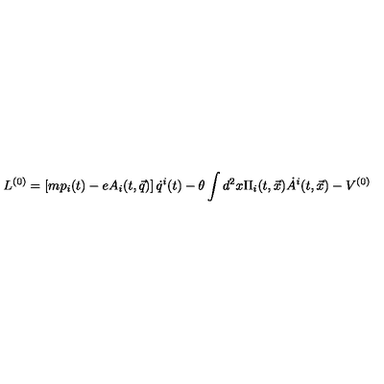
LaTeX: { L } ^ { ( 0 ) } = \left[ m p _ { i } ( t ) - e A _ { i } ( t , \vec { q } ) \right] \dot { q } ^ { i } ( t ) - \theta \int d ^ { 2 } x \Pi _ { i } ( t , \vec { x } ) \dot { A } ^ { i } ( t , \vec { x } ) - V ^ { ( 0 ) }